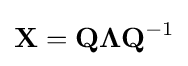
\mathbf {X} =\mathbf {Q} {\boldsymbol {\Lambda }}\mathbf {Q} ^{-1}